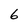
Character: 6